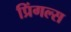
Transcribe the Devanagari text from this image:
प्रिंगल्स